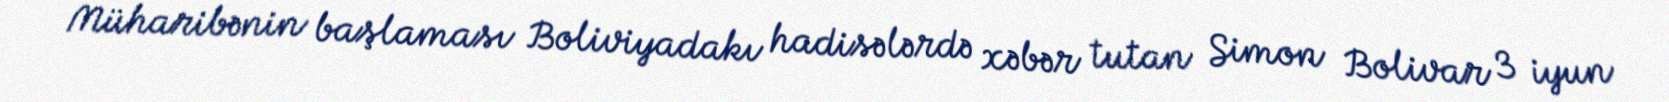
Müharibənin başlaması Boliviyadakı hadisələrdə xəbər tutan Simon Bolivar 3 iyun